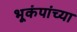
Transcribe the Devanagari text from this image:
भूकंपांच्या